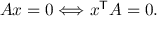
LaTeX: A x = 0 \Longleftrightarrow x ^ { \mathsf { T } } A = 0 .